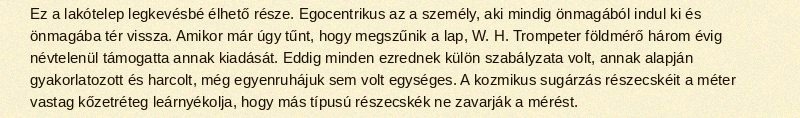
Ez a lakótelep legkevésbé élhető része. Egocentrikus az a személy, aki mindig önmagából indul ki és önmagába tér vissza. Amikor már úgy tűnt, hogy megszűnik a lap, W. H. Trompeter földmérő három évig névtelenül támogatta annak kiadását. Eddig minden ezrednek külön szabályzata volt, annak alapján gyakorlatozott és harcolt, még egyenruhájuk sem volt egységes. A kozmikus sugárzás részecskéit a méter vastag kőzetréteg leárnyékolja, hogy más típusú részecskék ne zavarják a mérést.